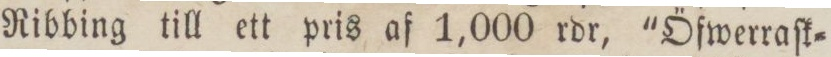
Ribbing till ett pris af 1,000 rdr, 'Öfwerraſk=